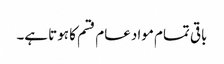
باقی تمام مواد عام قسم کا ہوتا ہے۔